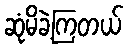
ဆုံမိခဲ့ကြတယ်